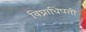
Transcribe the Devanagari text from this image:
विघ्नाधिपती